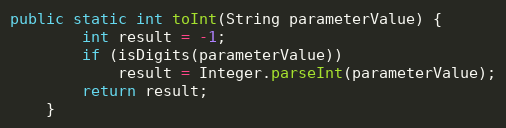
Language: Java
public static int toInt(String parameterValue) {
        int result = -1;
        if (isDigits(parameterValue))
            result = Integer.parseInt(parameterValue);
        return result;
    }